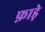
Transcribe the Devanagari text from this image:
फ़ाड़े